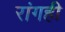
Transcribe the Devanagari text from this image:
रांगही